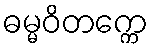
ဓမ္မဝိတက္ကေ